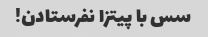
سس با پیتزا نفرستادن!